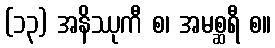
(၁၃) အနိဿုကီ စ၊ အမစ္ဆရီ စ။